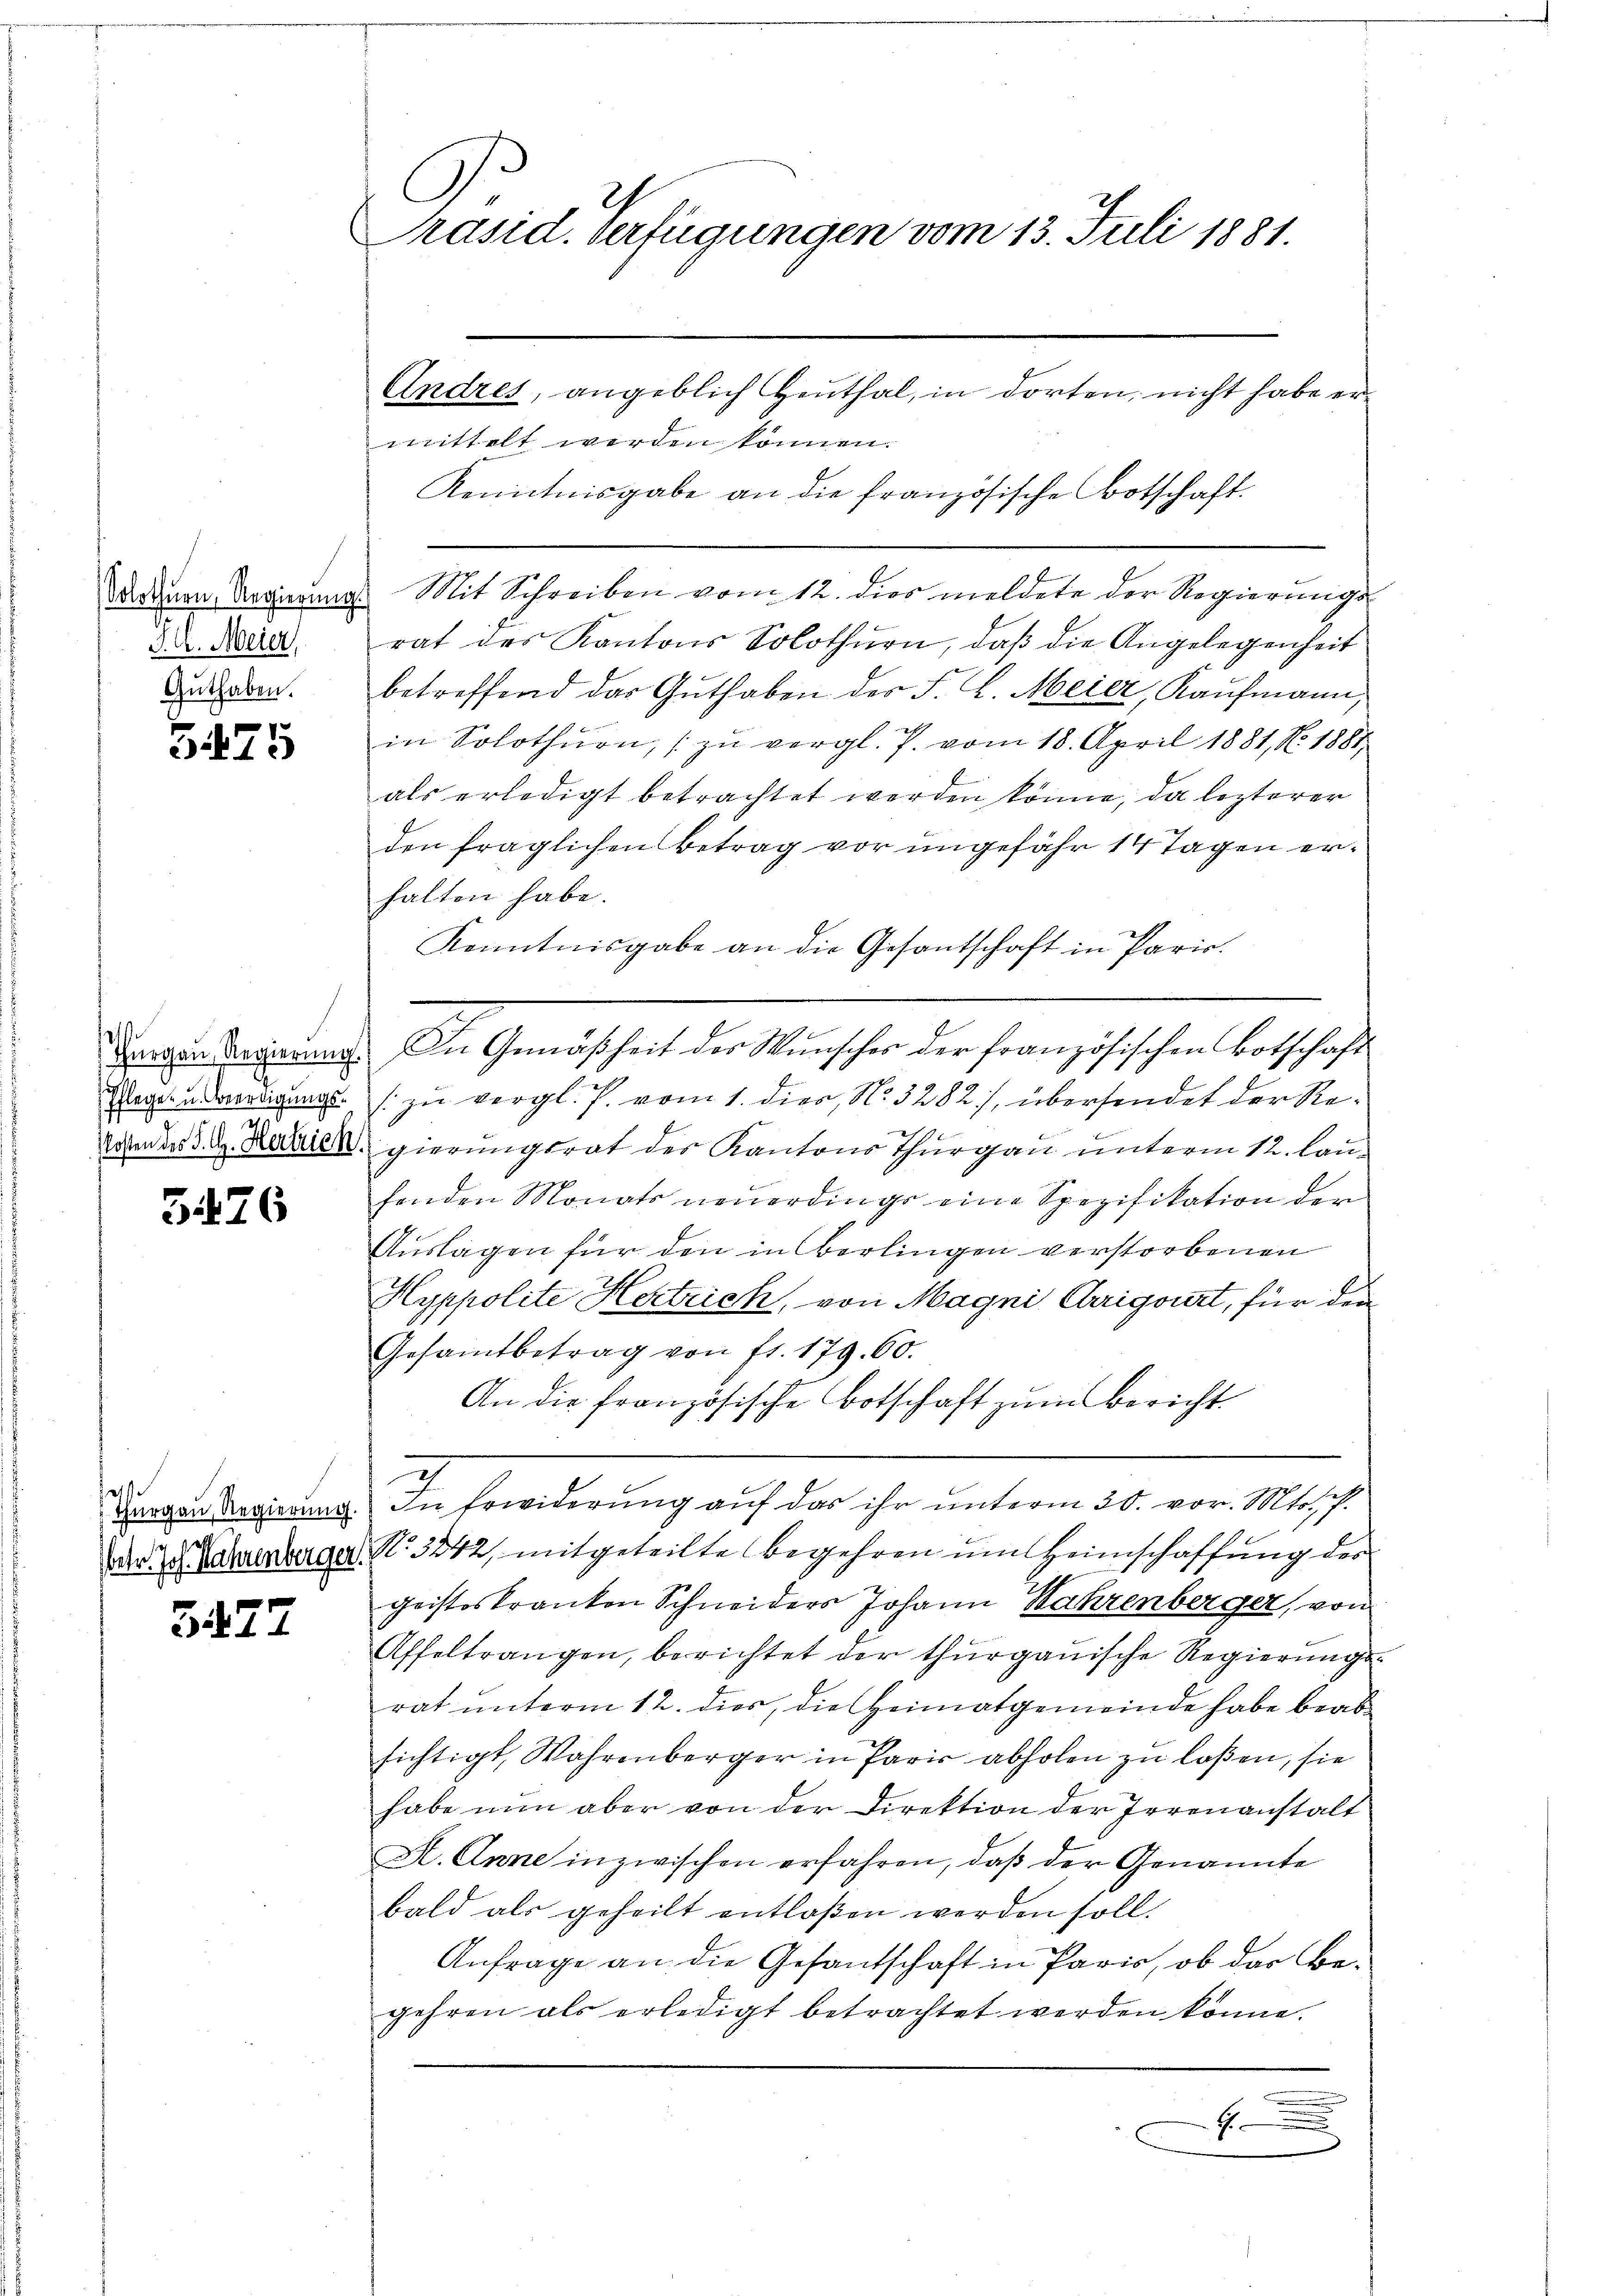
Solothurn, Regierung.
J. A. Meier,
Guthaben.

375

Thurgau, Regierŭng.
Pflege u. Beerdigungs-
Kosten des P. G. Hertrick.

G 476

as
Thurgau, Regierung.
e
betr. Joh. Währenberger.

5477

No 12.
Präsid. Verfügungen vom 13. Juli 1881.
Andres, angeblich Heuthal, in dorten, nicht habe ermittelt werden können.

Kenntnisgabe an die französische Botschaft.
Mit Schreiben vom 12. dies meldete der Regierungsrat des Kantons Solothurn, daß die Angelegenheit
betreffend das Guthaben des F. L. Meier, Kaufmann,
R
in Solothurn, (zu vergl. J. vom 18. April 1881, No. 1881,
als erledigt betrachtet werden könne, da lezterer
den fraglichen Betrag vor ungefähr 14 Tagen erhalten habe.
Kenntnisgabe an die Gesantschaft in Paris.
In Gemäßheit des Wunsches der französischen Botschaft
1. zu vergl. P. vom 1. dies, N. 3282), übersendet der Regierungsrat des Kantons Thurgau unterm 12. laufenden Monats neuerdings eine Spezifikation der
Auslagen für den in Berlingen verstorbenen
2
Hyppolite Hertrich, von Magni Carrigirt, für den
Gesamtbetrag von fr. 179. 60.
An die französische Botschaft zum Bericht
z
In Erwiderung auf das ihr unterm 30. vor. Mts. f.
No 3242, mitgeteilte begehren um Heimschaffung des
geisteskranken Schneiders Johann Wahrenberger, von
Affeltrangen, berichtet der thurgauische Regierungsrat unterm 12. dies, die Heimatgemeinde habe beab
sichtigt, Wahrenberger in Paris abholen zu laßen, sie
habe nun aber von der Direktion der Irrenanstalt
A. Anne inzwischen erfahren, daß der Genannte
bald als geheilt entlaßen werden soll.
Anfrage an die Gesantschaft in Paris, ob der Begehren als erledigt betrachtet werden könne.
1
C